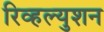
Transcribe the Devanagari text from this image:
रिव्हल्युशन